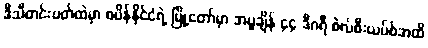
ဒီသီတင်းပတ်ထဲမှာ စပိန်နိုင်ငံရဲ့ မြို့တော်မှာ အပူချိန် ၄၄ ဒီဂရီ စဲလ်စီးယပ်စ်အထိ